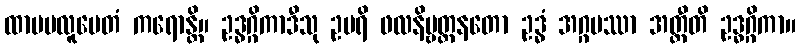
ထာမဗလူပေတံ ကရောန္တိ။ ဥဒ္ဓဂ္ဂိကာဒီသု ဥပရိ ဖလနိဗ္ဗတ္တနတော ဥဒ္ဓံ အဂ္ဂမဿာ အတ္ထီတိ ဥဒ္ဓဂ္ဂိကာ။